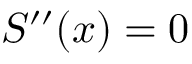
S ^ { \prime \prime } ( x ) = 0